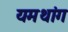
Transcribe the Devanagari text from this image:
यमथांग